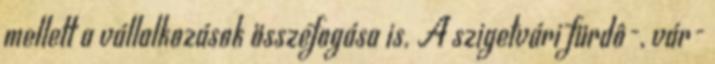
mellett a vállalkozások összefogása is. A szigetvári fürdô-, vár-